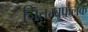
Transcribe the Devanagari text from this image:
नितम्बफलक